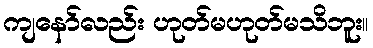
ကျနော်လည်း ဟုတ်မဟုတ်မသိဘူး။